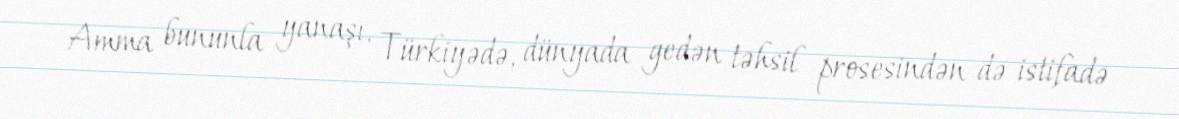
Amma bununla yanaşı, Türkiyədə, dünyada gedən təhsil prosesindən də istifadə